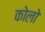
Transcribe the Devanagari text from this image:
कोलो